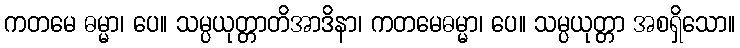
ကတမေ ဓမ္မာ၊ ပေ။ သမ္ပယုတ္တာတိအာဒိနာ၊ ကတမေဓမ္မာ၊ ပေ။ သမ္ပယုတ္တာ အစရှိသော။